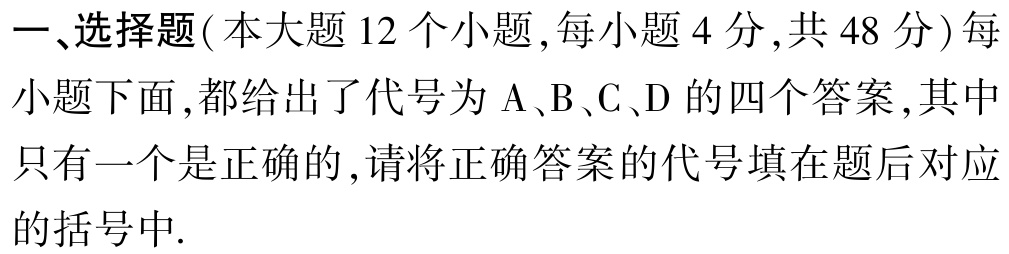
一、选择题(本大题 12 个小题,每小题 4 分,共 48 分) 每小题下面,都给出了代号为 A、B、C、D 的四个答案,其中只有一个是正确的,请将正确答案的代号填在题后对应的括号中.